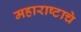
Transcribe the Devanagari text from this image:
महाराष्टाचे